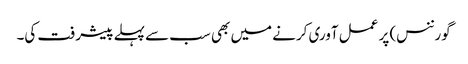
گورننس) پر عمل آوری کرنے میں بھی سب سے پہلے پیشرفت کی۔